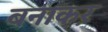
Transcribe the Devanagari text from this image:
बनाकऱ